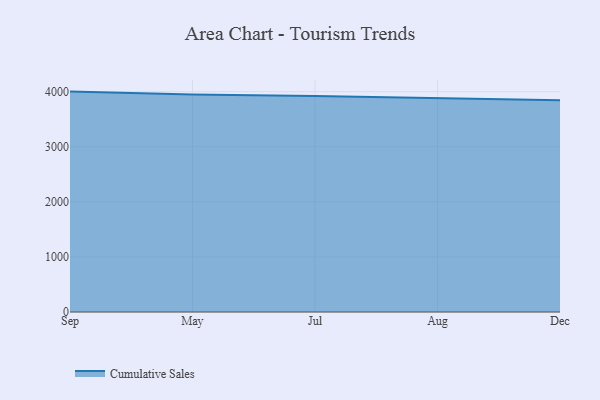
{"axis": {"x": "Month", "y": "Shipments"}, "legend": ["Cumulative Sales"], "data": [{"x": "Sep", "y": 4000.9, "type": "Cumulative Sales"}, {"x": "May", "y": 3946.2, "type": "Cumulative Sales"}, {"x": "Jul", "y": 3920.1, "type": "Cumulative Sales"}, {"x": "Aug", "y": 3878.8, "type": "Cumulative Sales"}, {"x": "Dec", "y": 3845.1, "type": "Cumulative Sales"}]}